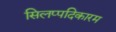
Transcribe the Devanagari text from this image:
सिलप्पदिकारम